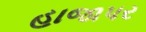
હાજાપર